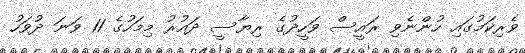
ވެރިކަމުގައި ހުންނެވި ރައީސް ވަހީދުގެ ރިޔާސީ ދައުރު މިމަހުގެ 11 ވަނަ ދުވަހު